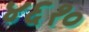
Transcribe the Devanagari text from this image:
४६१०